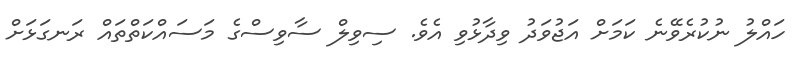
ހައްލު ނުކުރެވޭނެ ކަމަށް އަޖުވަދު ވިދާޅުވި އެވެ. ސިވިލް ސާވިސްގެ މަސައްކަތްތައް ރަނގަޅަށް